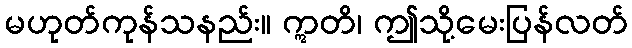
မဟုတ်ကုန်သနည်း။ ဣတိ၊ ဤသို့မေးပြန်လတ်